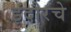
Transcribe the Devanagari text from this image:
इंदौरचे